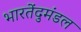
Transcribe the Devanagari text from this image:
भारतेंदुमंडल